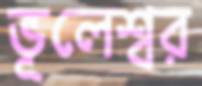
ভূলেশ্বর